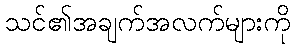
သင်၏အချက်အလက်များကို